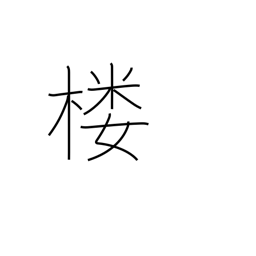
Meaning: watchtower